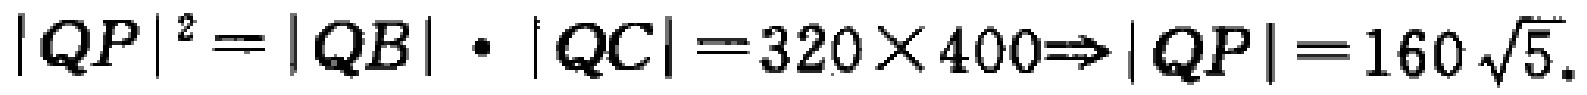
\(|QP|^{2}=|QB|\cdot|QC| = 320\times400\Rightarrow|QP| = 160\sqrt{5}.\)